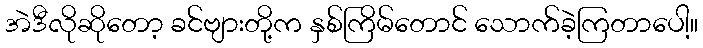
အဲဒီလိုဆိုတော့ ခင်ဗျားတို့က နှစ်ကြိမ်တောင် သောက်ခဲ့ကြတာပေါ့။